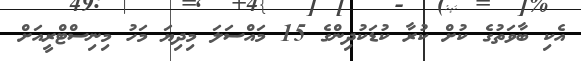
އެކި ބާވަތުގެ ކުށް ކުރާ ކުޑަކުދިންގެ 15 މައްސަލަ މިދިޔަ މަހު މިނިސްޓްރީއަށް